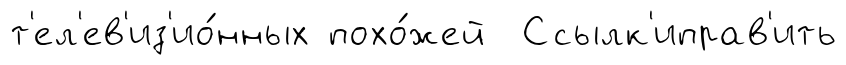
т'ел'ев'из'ио́нных похо́жей Ссылк'иправ'ить